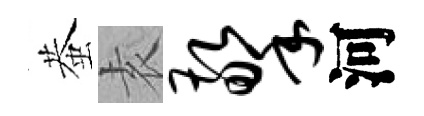
蛬𡊮擎河